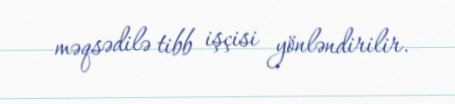
məqsədilə tibb işçisi yönləndirilir.